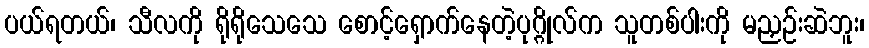
ပယ်ရတယ်၊ သီလကို ရိုရိုသေသေ စောင့်ရှောက်နေတဲ့ပုဂ္ဂိုလ်က သူတစ်ပါးကို မညှဉ်းဆဲဘူး၊